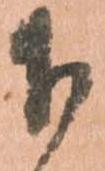
下